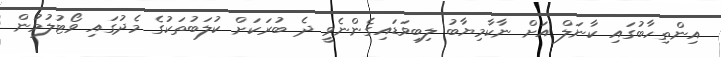
އިންތިހާބުގައި ކާނަލް އަށް ނާކާމިޔާބު ލިބިވަޑައިގެންނެވީ ދެ ބުރަކަށް ކުލަބުތަކުގެ މެދުގައި ވޯޓުލުމުން